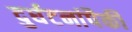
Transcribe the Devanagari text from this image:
दुर्घटनांपैकी